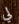
لي